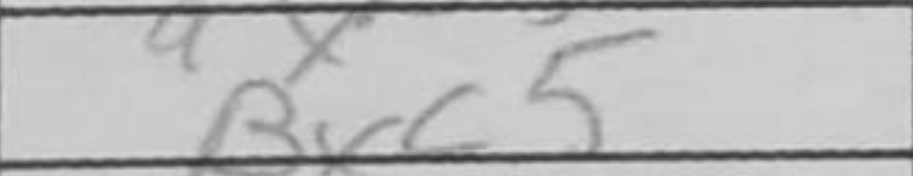
Transcription: Bxc5